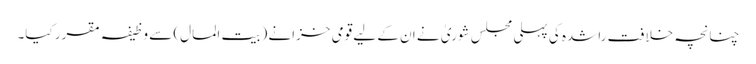
چنانچہ خلافت راشدہ کی پہلی مجلس شوریٰ نے ان کے لیے قومی خزانے (بیت المال) سے وظیفہ مقرر کیا۔